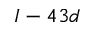
I - 4 3 d